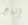
إتباع